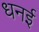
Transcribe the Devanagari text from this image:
धनई